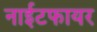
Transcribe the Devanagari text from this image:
नाईटफायर